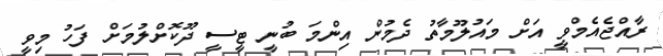
ރާއްޖެއެމްވީ އަށް މައުލޫމާތު ދެމުން އިންމަ ބުނީ ޓީސީ ދޫކޮށްލުމަށް ފަހު މިވީ